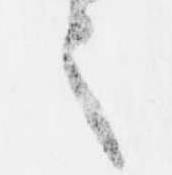
之